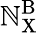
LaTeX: \mathbb{N}_{\mathrm{{X}}}^{\mathrm{{B}}}